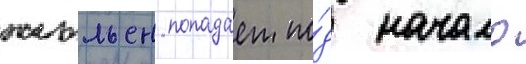
жюльен попадает по́д начало